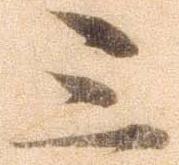
三